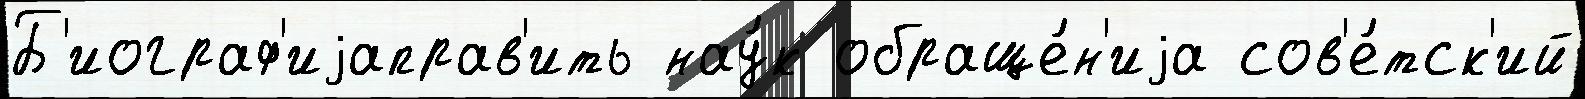
Б'иограф'иjаправ'ить нау́к обраще́н'иjа сов'е́тск'ий